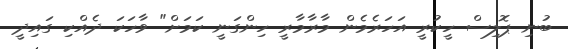
ބުނި ޕޮލިސް ހީކުރީ އަހަރެމެން މާރާމާރީ ހިންގަނީ ކަމަށް" ވާހަކަ ދެއްކި ގައިދީ